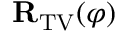
\mathbf { R } _ { \mathrm { T V } } ( \varphi )